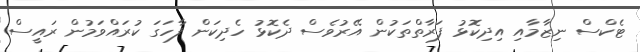
ޓެކްސް ނިޒާމާއި އިދިކޮޅު ފަރާތްތަކުން އޭރުވެސް ދެކޮޅު ހެދިކަން ފާހަގަ ކުރައްވަމުން ރައީސް